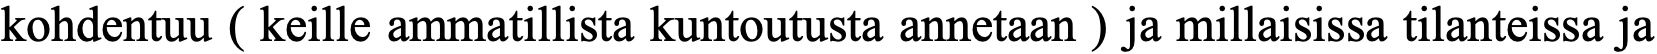
kohdentuu ( keille ammatillista kuntoutusta annetaan ) ja millaisissa tilanteissa ja